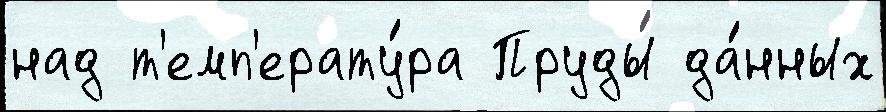
над т'емп'ерату́ра Пруды́ да́нных